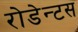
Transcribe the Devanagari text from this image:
रोडेन्टस